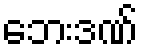
ဘေးဒဏ်